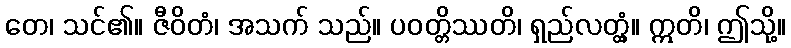
တေ၊ သင်၏။ ဇီဝိတံ၊ အသက် သည်။ ပဝတ္တိဿတိ၊ ရှည်လတ္တံ့။ ဣတိ၊ ဤသို့။